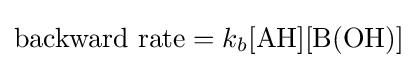
{\text{backward rate}}=k_{b}{[\mathrm {AH} ][\mathrm {B} (\mathrm {OH} )]}